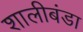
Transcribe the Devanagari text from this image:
शालीबंडा